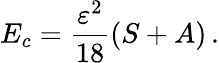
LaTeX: E_{c}=\frac{\varepsilon^{2}}{18}(S+A)\, .